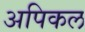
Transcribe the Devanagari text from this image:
अपिकल